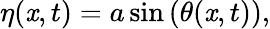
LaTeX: \eta(\mathit{x},t)=a\sin\left(\theta(\mathit{x},t)\right),